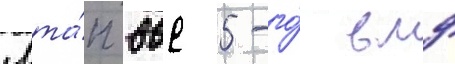
Мта́п ввс 5-го́ вмф